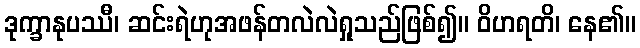
ဒုက္ခာနုပဿီ၊ ဆင်းရဲဟုအဖန်တလဲလဲရှုသည်ဖြစ်၍။ ဝိဟရတိ၊ နေ၏။